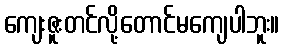
ကျေးဇူးတင်လို့တောင်မကျေပါဘူး။